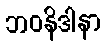
ဘဝနိဒါနာ